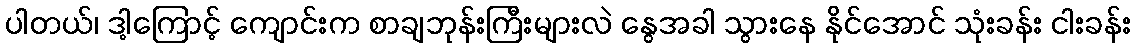
ပါတယ်၊ ဒါ့ကြောင့် ကျောင်းက စာချဘုန်းကြီးများလဲ နွေအခါ သွားနေ နိုင်အောင် သုံးခန်း ငါးခန်း